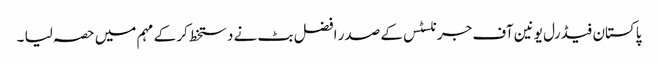
پاکستان فیڈرل یونین آف جرنلسٹس کے صدر افضل بٹ نے دستخط کر کے مہم میں حصہ لیا ۔